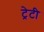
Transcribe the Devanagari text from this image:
ट्रेटी